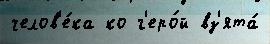
челов'е́ка ко г'еро́й вз'ята́